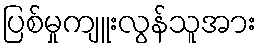
ပြစ်မှုကျူးလွန်သူအား